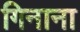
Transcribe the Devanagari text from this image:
गिनाना